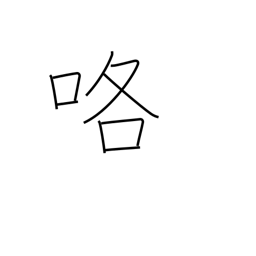
Meaning: quarrel